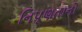
નિપૂણતાનો